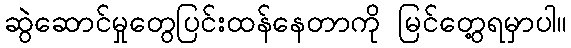
ဆွဲဲဆောင်မှုတွေပြင်းထန်နေတာကို မြင်တွေ့ရမှာပါ။